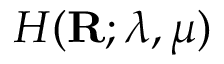
H ( \mathbf { R } ; \lambda , \mu )